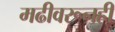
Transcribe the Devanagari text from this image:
मढीवरूनही